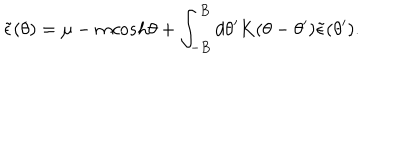
\tilde { \epsilon } ( \theta ) = \mu - m c o s h \theta + \int _ { - B } ^ { B } d \theta ^ { \prime } K ( \theta - \theta ^ { \prime } ) \tilde { \epsilon } ( \theta ^ { \prime } ) .